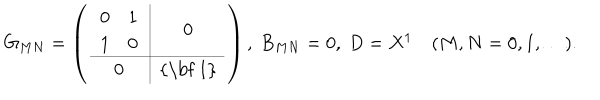
G _ { M N } = \left( \begin{array} { c | c } { { \begin{array} { c c } { { 0 } } & { { 1 } } \\ { { 1 } } & { { 0 } } \\ \end{array} } } & { { 0 } } \\ \hline { { 0 } } & { { \mathrm { { \bf ~ 1 } } } } \\ \end{array} \right) , \ B _ { M N } = 0 , \ D = X ^ { 1 } \quad ( M , N = 0 , 1 , \dots ) .